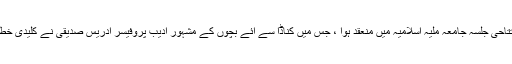
سمینار کا افتتاحی جلسہ جامعہ ملیہ اسلامیہ میں منعقد ہوا ، جس میں کناڈا سے آئے بچوں کے مشہور ادیب پروفیسر ادریس صدیقی نے کلیدی خطبہ پیش کیا ۔